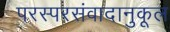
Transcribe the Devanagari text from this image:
परस्परसंवादानुकूल